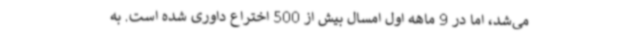
می‌شد، اما در 9 ماهه اول امسال بیش از 500 اختراع داوری شده است. به